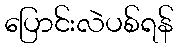
ပြောင်းလဲပစ်ရန်